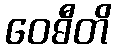
ဝေဓီတိ